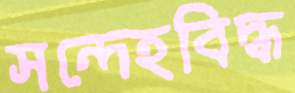
সন্দেহবিদ্ধ